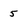
Character: 5